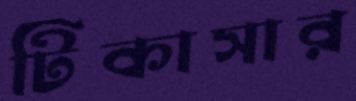
টিকাসার